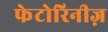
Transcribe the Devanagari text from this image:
फेटोरिनीज़